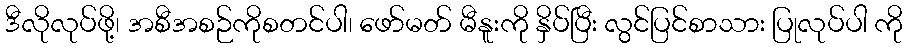
ဒီလိုလုပ်ဖို့၊ အစီအစဉ်ကိုစတင်ပါ၊ ဖော်မတ် မီနူးကို နှိပ်ပြီး လွင်ပြင်စာသား ပြုလုပ်ပါ ကို